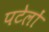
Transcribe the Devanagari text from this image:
पटेलों